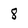
Character: 8